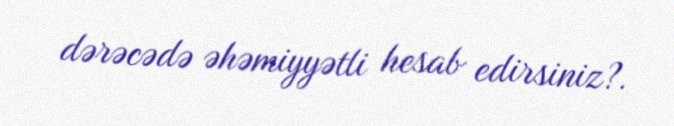
dərəcədə əhəmiyyətli hesab edirsiniz?.